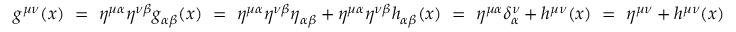
g ^ { \mu \nu } ( x ) ~ = ~ \eta ^ { \mu \alpha } \eta ^ { \nu \beta } g _ { \alpha \beta } ( x ) ~ = ~ \eta ^ { \mu \alpha } \eta ^ { \nu \beta } \eta _ { \alpha \beta } + \eta ^ { \mu \alpha } \eta ^ { \nu \beta } h _ { \alpha \beta } ( x ) ~ = ~ \eta ^ { \mu \alpha } \delta _ { \alpha } ^ { \nu } + h ^ { \mu \nu } ( x ) ~ = ~ \eta ^ { \mu \nu } + h ^ { \mu \nu } ( x )